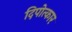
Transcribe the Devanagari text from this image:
दिपोत्कार